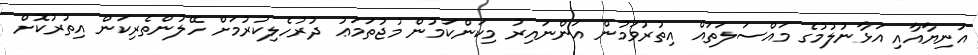
އަނިޔާއާއި އަޅާނުލުމުގެ މައްސަލަތައް އިތުރުވަމުން އަންނައިރު މިކަންކަމުން މުޖުތަމަޢު ދުރުހެލިކުރުމަށް ހޭލުންތެރިކަން އިތުރުކޮށް